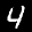
Label: 4